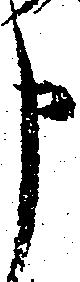
申